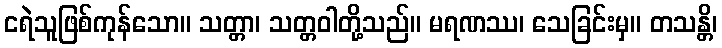
ငရဲသူဖြစ်ကုန်သော။ သတ္တာ၊ သတ္တဝါတို့သည်။ မရဏဿ၊ သေခြင်းမှ။ တသန္တိ၊